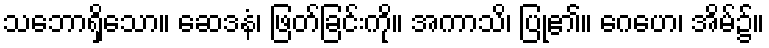
သဘောရှိသော။ ဆေဒနံ၊ ဖြတ်ခြင်းကို။ အကာသိ၊ ပြု၏။ ဂေဟေ၊ အိမ်၌။